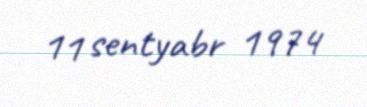
11 sentyabr 1974